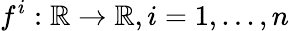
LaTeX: f^{i}:\mathbb{R}\rightarrow\mathbb{R},i=1,...,n